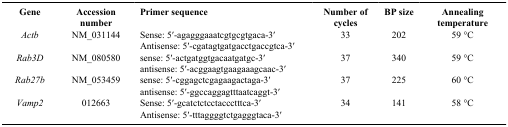
| Gene | Accession number | Primer sequence | Number of cycles | BP size | Annealing temperature |
 | --- | --- | --- | --- | --- | --- |
 | Actb | NM_031144 | Sense: 5′-agagggaaatcgtgcgtgaca-3′ | 33 | 202 | 59 °C |
 |  |  | Antisense: 5′-cgatagtgatgacctgaccgtca-3′ |  |  |  |
 | Rab3D | NM_080580 | sense: 5′-actgatggtgacaatgatgc-3′ | 37 | 340 | 59 °C |
 |  |  | antisense: 5′-acggaagtgaagaaagcaac-3′ |  |  |  |
 | Rab27b | NM_053459 | sense: 5′-cggagctcgagaagactaga-3′ | 37 | 225 | 60 °C |
 |  |  | antisense: 5′-ggccaggagtttaatcaggt-3′ |  |  |  |
 | Vamp2 | 012663 | Sense: 5′-gcatctctcctaccctttca-3′ | 34 | 141 | 58 °C |
 |  |  | Antisense: 5′-tttaggggtctgagggtaca-3′ |  |  |  |